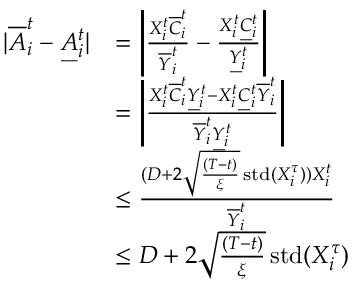
\begin{array} { r l } { \vert \overline { { A } } _ { i } ^ { t } - \underbar { A } _ { i } ^ { t } \vert } & { = \left\vert \frac { X _ { i } ^ { t } \overline { { C } } _ { i } ^ { t } } { \overline { { Y } } _ { i } ^ { t } } - \frac { X _ { i } ^ { t } \underbar { C } _ { i } ^ { t } } { \underbar { Y } _ { i } ^ { t } } \right\vert } \\ & { = \left\vert \frac { X _ { i } ^ { t } \overline { { C } } _ { i } ^ { t } \underbar { Y } _ { i } ^ { t } - X _ { i } ^ { t } \underbar { C } _ { i } ^ { t } \overline { { Y } } _ { i } ^ { t } } { \overline { { Y } } _ { i } ^ { t } \underbar { Y } _ { i } ^ { t } } \right\vert } \\ & { \leq \frac { ( D + 2 \sqrt { \frac { ( T - t ) } { { \xi } } } \operatorname { s t d } ( X _ { i } ^ { \tau } ) ) X _ { i } ^ { t } } { \overline { { Y } } _ { i } ^ { t } } } \\ & { \leq D + 2 \sqrt { \frac { ( T - t ) } { { \xi } } } \operatorname { s t d } ( X _ { i } ^ { \tau } ) } \end{array}